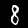
Digit: 8